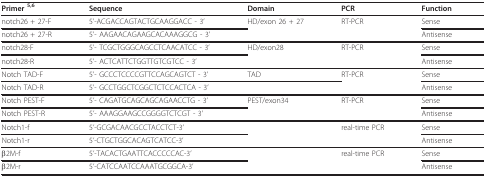
<table><thead><tr><td><b>Primer <sup>5,6</sup></b></td><td><b>Sequence</b></td><td><b>Domain</b></td><td><b>PCR</b></td><td><b>Function</b></td></tr></thead><tbody><tr><td>notch26 + 27-F</td><td>5&#x27;-ACGACCAGTACTGCAAGGACC - 3&#x27;</td><td>HD/exon 26 + 27</td><td>RT-PCR</td><td>Sense</td></tr><tr><td>notch26 + 27-R</td><td>5&#x27;- AAGAACAGAAGCACAAAGGCG - 3&#x27;</td><td></td><td></td><td>Antisense</td></tr><tr><td>notch28-F</td><td>5&#x27;- TCGCTGGGCAGCCTCAACATCC - 3&#x27;</td><td>HD/exon28</td><td>RT-PCR</td><td>Sense</td></tr><tr><td>notch28-R</td><td>5&#x27;- ACTCATTCTGGTTGTCGTCC - 3&#x27;</td><td></td><td></td><td>Antisense</td></tr><tr><td>Notch TAD-F</td><td>5&#x27;- GCCCTCCCCGTTCCAGCAGTCT - 3&#x27;</td><td>TAD</td><td>RT-PCR</td><td>Sense</td></tr><tr><td>Notch TAD-R</td><td>5&#x27;- GCCTGGCTCGGCTCTCCACTCA - 3&#x27;</td><td></td><td></td><td>Antisense</td></tr><tr><td>Notch PEST-F</td><td>5&#x27;- CAGATGCAGCAGCAGAACCTG - 3&#x27;</td><td>PEST/exon34</td><td>RT-PCR</td><td>Sense</td></tr><tr><td>Notch PEST-R</td><td>5&#x27;- AAAGGAAGCCGGGGTCTCGT - 3&#x27;</td><td></td><td></td><td>Antisense</td></tr><tr><td>Notch1-f</td><td>5&#x27;-GCGACAACGCCTACCTCT-3&#x27;</td><td></td><td>real-time PCR</td><td>Sense</td></tr><tr><td>Notch1-r</td><td>5&#x27;-CTGCTGGCACAGTCATCC-3&#x27;</td><td></td><td></td><td>Antisense</td></tr><tr><td>β2M-f</td><td>5&#x27;-TACACTGAATTCACCCCCAC-3&#x27;</td><td></td><td>real-time PCR</td><td>Sense</td></tr><tr><td>β2M-r</td><td>5&#x27;-CATCCAATCCAAATGCGGCA-3&#x27;</td><td></td><td></td><td>Antisense</td></tr></tbody></table>